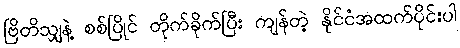
ဗြိတိသျှနဲ့ စစ်ပြိုင် တိုက်ခိုက်ပြီး ကျန်တဲ့ နိုင်ငံအထက်ပိုင်းပါ